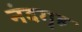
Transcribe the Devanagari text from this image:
नंदगृह